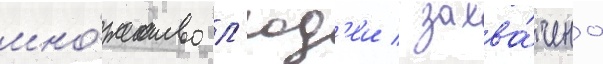
мно́жество л'юд'еи / захва́чено